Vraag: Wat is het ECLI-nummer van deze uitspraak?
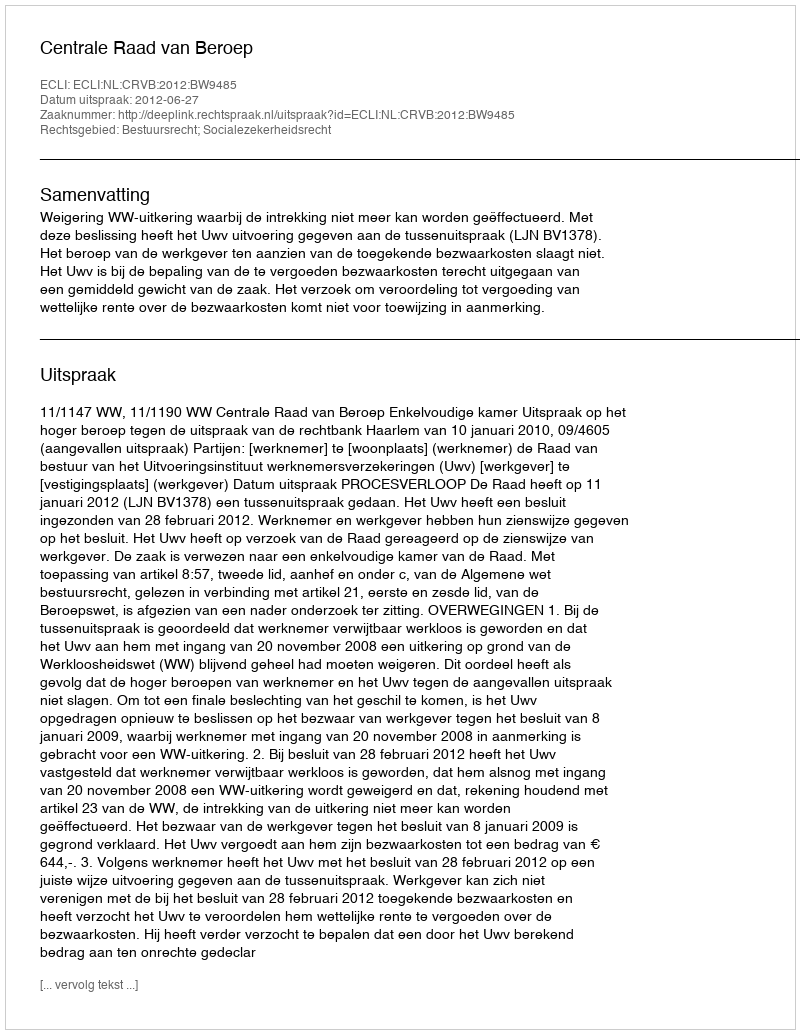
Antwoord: ECLI:NL:CRVB:2012:BW9485